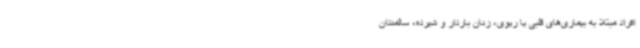
افراد مبتلا به بیماری‌های قلبی یا ریوی، زنان باردار و شیرده، سالمندان